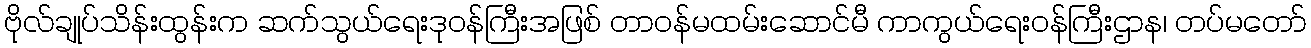
ဗိုလ်ချုပ်သိန်းထွန်းက ဆက်သွယ်ရေးဒုဝန်ကြီးအဖြစ် တာဝန်မထမ်းဆောင်မီ ကာကွယ်ရေးဝန်ကြီးဌာန၊ တပ်မတော်